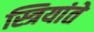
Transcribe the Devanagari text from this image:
स्त्रियांते